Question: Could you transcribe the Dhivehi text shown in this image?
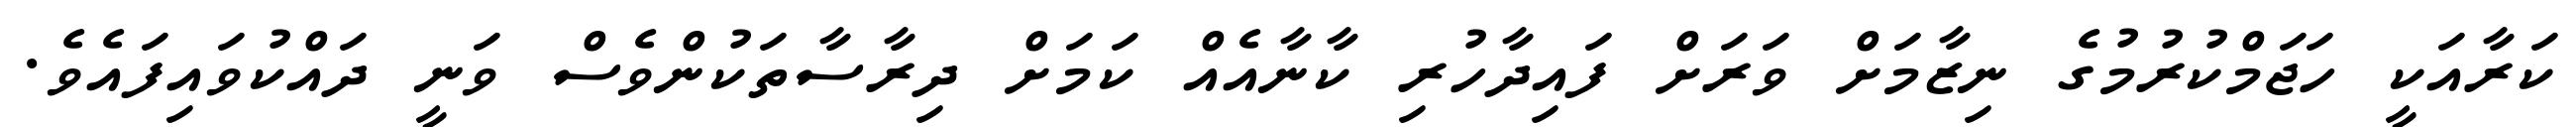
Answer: ކަރާއަކީ ހަޖަމްކުރުމުގެ ނިޒާމަށް ވަރަށް ފައިދާހުރި ކާނާއެއް ކަމަށް ދިރާސާތަކުންވެސް ވަނީ ދައްކުވައިފައެވެ.